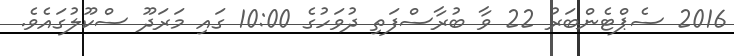
2016 ސެޕްޓެންބަރު 22 ވާ ބުރާސްފަތި ދުވަހުގެ 10:00 ގައި މަރަދޫ ސްކޫލުގައެވެ.